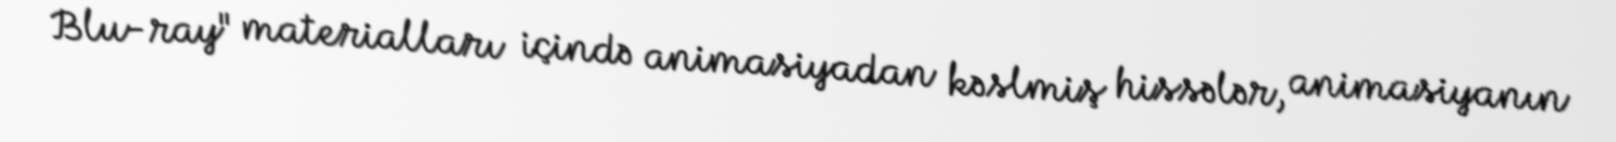
Blu-ray" materialları içində animasiyadan kəslmiş hissələr, animasiyanın